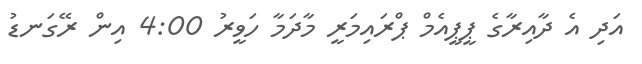
އަދި އެ ދާއިރާގެ ޕީޕީއެމް ޕްރައިމަރީ މާދަމާ ހަވީރު 4:00 އިން ރޭގަނޑު